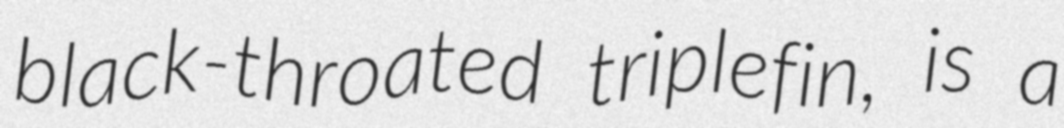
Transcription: black-throated triplefin, is a